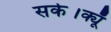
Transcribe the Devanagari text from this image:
सके।क्यूँ